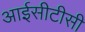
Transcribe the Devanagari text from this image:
आईसीटीसी